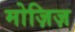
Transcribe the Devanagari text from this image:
मोज़िज़